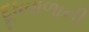
દૂધવાળાની